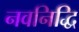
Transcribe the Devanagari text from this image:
नवनिद्धि